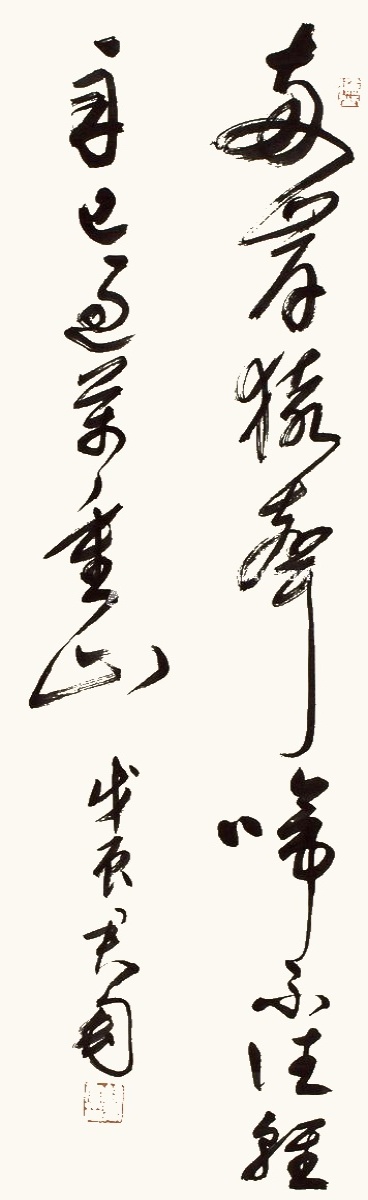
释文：两岸猿声啼不住，轻舟已过万重山。戊辰，君匋。